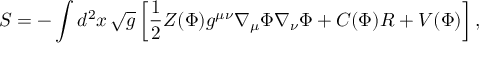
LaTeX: S = - \int d ^ { 2 } x \, \sqrt { g } \left[ { \frac { 1 } { 2 } } Z ( \Phi ) g ^ { \mu \nu } \nabla _ { \mu } \Phi \nabla _ { \nu } \Phi + C ( \Phi ) R + V ( \Phi ) \right] ,